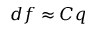
d f \approx C q